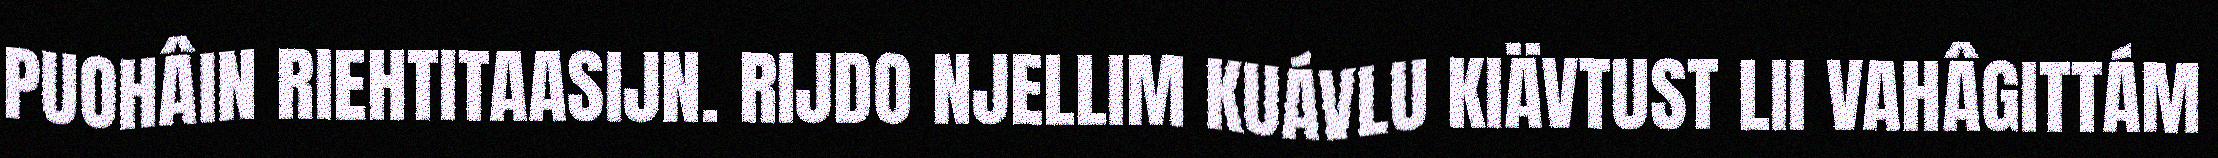
PUOHÂIN RIEHTITAASIJN. RIJDO NJELLIM KUÁVLU KIÄVTUST LII VAHÂGITTÁM